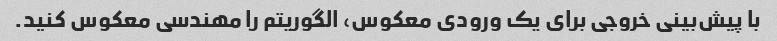
با پیش‌بینی خروجی برای یک ورودی معکوس، الگوریتم را مهندسی معکوس کنید.